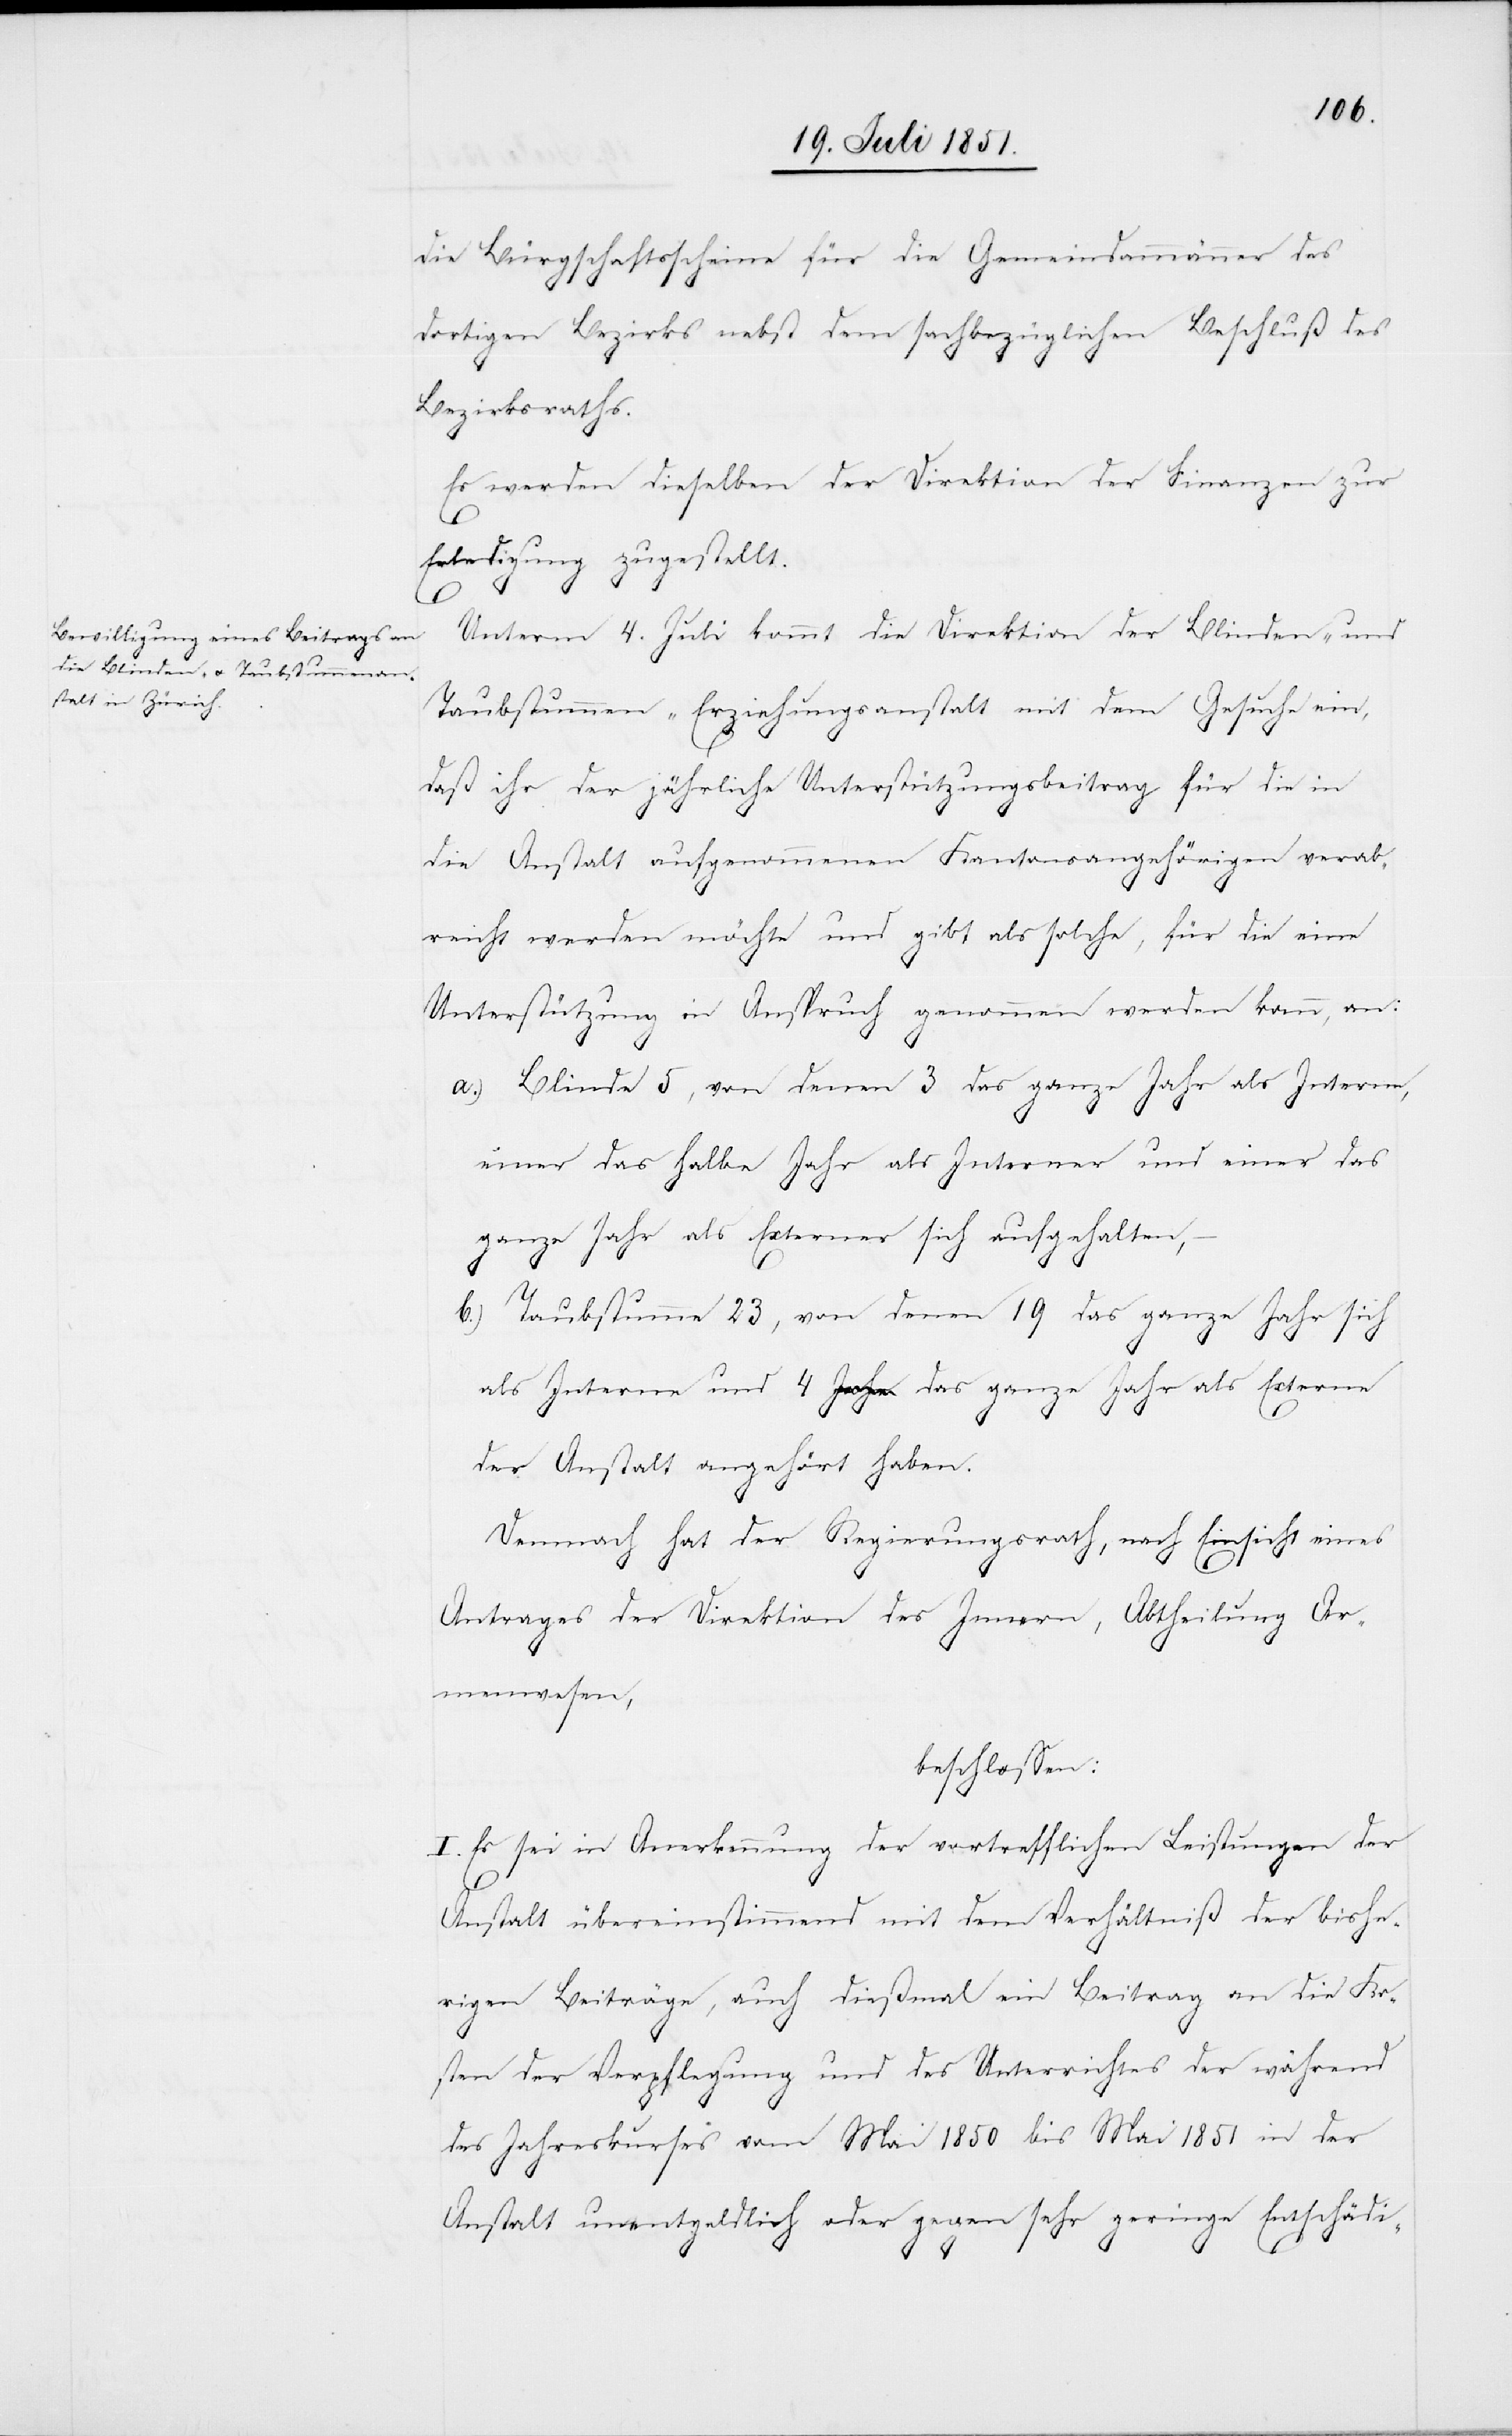
die Bürgschaftsscheine für die Gemeindammänner des
dortigen Bezirks nebst dem sachbezüglichen Beschluß des
Bezirksraths.
Es werden dieselben der Direktion der Finanzen zur
Erledigung zugestellt.
Unterm 4. Juli kommt die Direktion der Blinden- und
Taubstummen-Erziehungsanstalt mit dem Gesuche ein,
daß ihr der jährliche Unterstützungsbeitrag für die in
die Anstalt aufgenommenen Kantonsangehörigen verab¬
–
b.)
reicht werden möchte und gibt als solche, für die eine
Unterstützung in Anspruch genommen werden kann, an:
Blinde 5, von denen 3 das ganze Jahr als Interne,
einer das halbe Jahr als Interner und einer das
ganze Jahr als Externer sich aufgehalten,
sich
Taubstumme 23, von denen 19 das ganze
Jahr
als Interne und 4 das ganze Jahr als Externe
der Anstalt angehört haben.
Demnach hat der Regierungsrath, nach Einsicht eines
Antrages der Direktion des Innern, Abtheilung Ar¬
menwesen,
beschlossen:
I. Es sei in Anerkennung der vortrefflichen Leistungen der
Anstalt übereinstimmend mit dem Verhältniß der bishe¬
rigen Beiträge, auch dießmal ein Beitrag an die Ko¬
sten der Verpflegung und des Unterrichtes der während
des Jahreskurses vom Mai 1850 bis Mai 1851 in der
Anstalt unentgeldlich oder gegen sehr geringe Entschädi-